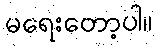
မရေးတော့ပါ။